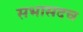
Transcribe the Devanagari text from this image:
सभासदच